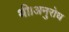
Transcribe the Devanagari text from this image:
थी।अनुरोध